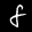
Label: 8